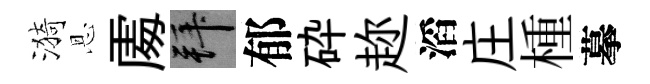
漪恩𠁅拜郁砕趂滔庄㮔摹